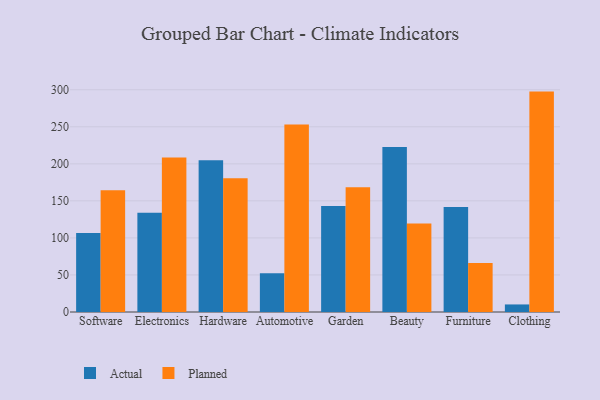
{"axis": {"x": "Category", "y": "Operating Costs (USD K)"}, "legend": ["Actual", "Planned"], "data": [{"x": "Software", "y": 106.7, "type": "Actual"}, {"x": "Software", "y": 164.2, "type": "Planned"}, {"x": "Electronics", "y": 134.0, "type": "Actual"}, {"x": "Electronics", "y": 208.7, "type": "Planned"}, {"x": "Hardware", "y": 204.8, "type": "Actual"}, {"x": "Hardware", "y": 180.6, "type": "Planned"}, {"x": "Automotive", "y": 52.2, "type": "Actual"}, {"x": "Automotive", "y": 253.1, "type": "Planned"}, {"x": "Garden", "y": 143.2, "type": "Actual"}, {"x": "Garden", "y": 168.5, "type": "Planned"}, {"x": "Beauty", "y": 222.8, "type": "Actual"}, {"x": "Beauty", "y": 119.6, "type": "Planned"}, {"x": "Furniture", "y": 141.8, "type": "Actual"}, {"x": "Furniture", "y": 66.3, "type": "Planned"}, {"x": "Clothing", "y": 10.2, "type": "Actual"}, {"x": "Clothing", "y": 297.5, "type": "Planned"}]}